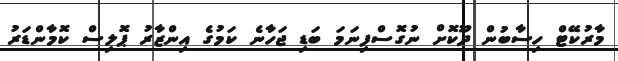
މާރުކޭޓް ހިސާބުން ދޫކޮށް ނުގޮސްފިނަމަ ބަޑި ޖަހާނެ ކަމުގެ އިންޒާރު ޕޮލިސް ކޮމާންޑަރު